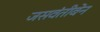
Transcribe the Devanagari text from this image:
जसवंतीबेन